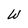
Character: W